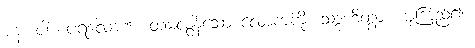
ပန၊ ပါး။ ပရလောကံ၊ တမလွန်သော လောကကို။ သဒ္ဒဟိတွာ၊ ယုံကြည်၍။